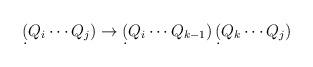
LaTeX: \begin{align*}\d(Q_i \cdots Q_j) \to \d(Q_i \cdots Q_{k-1})\,\d(Q_k \cdots Q_j)\end{align*}